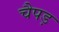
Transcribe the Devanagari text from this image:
चैपड़